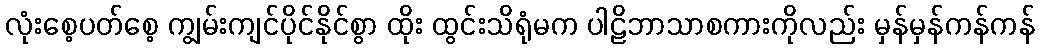
လုံးစေ့ပတ်စေ့ ကျွမ်းကျင်ပိုင်နိုင်စွာ ထိုး ထွင်းသိရုံမက ပါဠိဘာသာစကားကိုလည်း မှန်မှန်ကန်ကန်